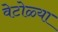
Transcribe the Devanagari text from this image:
वेटोळ्या